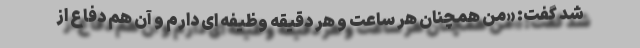
شد گفت: «من همچنان هر ساعت و هر دقیقه وظیفه ای دارم و آن هم دفاع از